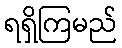
ရရှိကြမည်